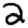
Digit: 2